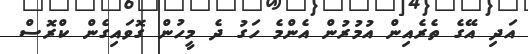
އަދި އޭގެ ތެރެއިން އުމުރުން އެންމެ ހަގު ދެ މީހުން ގޮވައިގެން ކްރޮސް